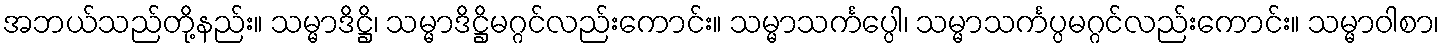
အဘယ်သည်တို့နည်း။ သမ္မာဒိဋ္ဌိ၊ သမ္မာဒိဋ္ဌိမဂ္ဂင်လည်းကောင်း။ သမ္မာသင်္ကပ္ပေါ၊ သမ္မာသင်္ကပ္ပမဂ္ဂင်လည်းကောင်း။ သမ္မာဝါစာ၊